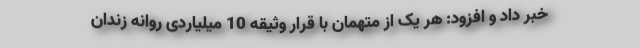
خبر داد و افزود: هر یک از متهمان با قرار وثیقه 10 میلیاردی روانه زندان